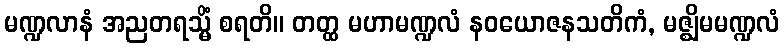
မဏ္ဍလာနံ အညတရသ္မိံ စရတိ။ တတ္ထ မဟာမဏ္ဍလံ နဝယောဇနသတိကံ, မဇ္ဈိမမဏ္ဍလံ